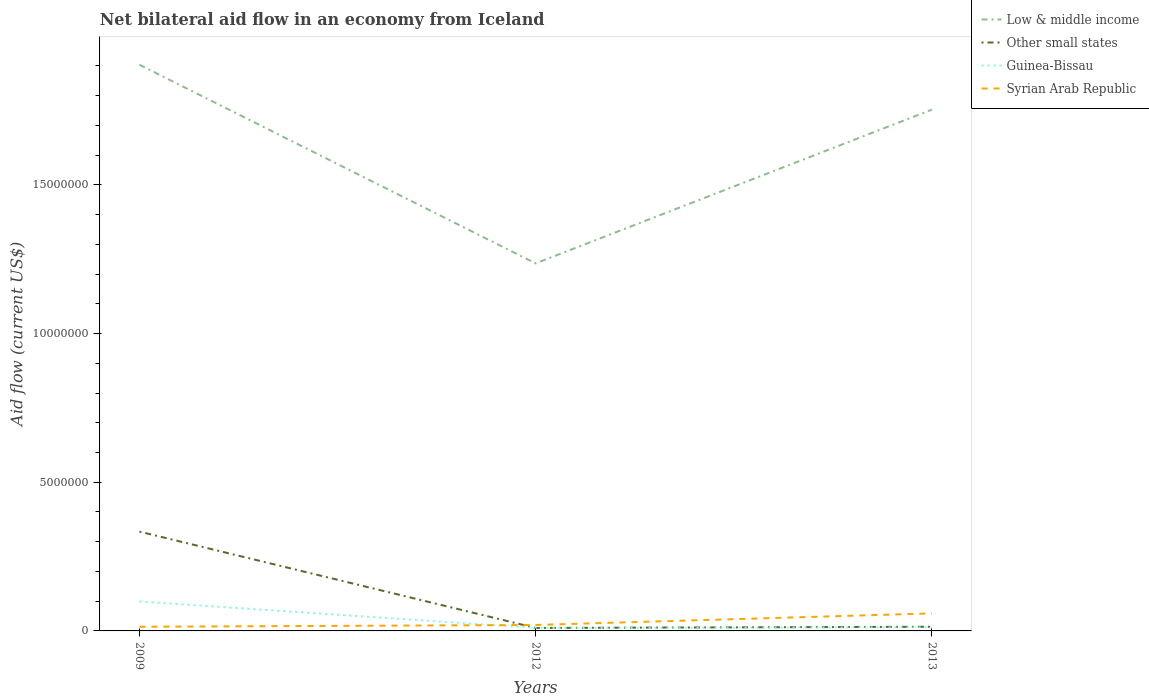
| Years | Low & middle income | Other small states | Guinea-Bissau | Syrian Arab Republic |
 | --- | --- | --- | --- | --- |
 | 2009 | 1.9e+07 | 3.34e+06 | 9.9e+05 | 1.4e+05 |
 | 2012 | 1.24e+07 | 1e+05 | 1e+05 | 2e+05 |
 | 2013 | 1.75e+07 | 1.4e+05 | 1.2e+05 | 5.9e+05 |